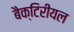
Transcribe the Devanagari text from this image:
बैक्टिरीयल